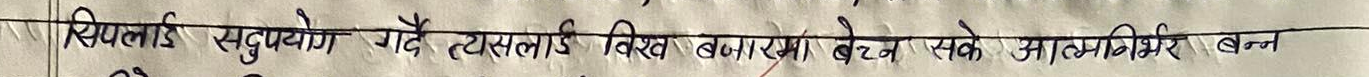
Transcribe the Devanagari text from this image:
सिपलाई सदुपयोग गर्दै त्यसलाई विश्व बजारमा बेच्न सके आत्मनिर्भर बन्न